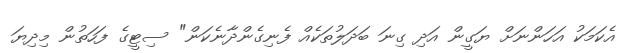
އެކަމަކު އަހަންނަށް ޔަގީން އަދި ގިނަ ބަދަލުތަކެއް ފެނިގެންދާނެކަން" ސިޓީގެ ފަހަތުން މިދިޔަ